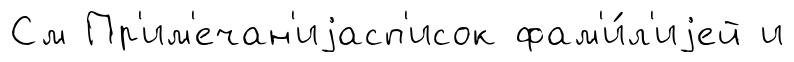
См Пр'им'ечан'иjасп'исок фам'и́л'иjей и